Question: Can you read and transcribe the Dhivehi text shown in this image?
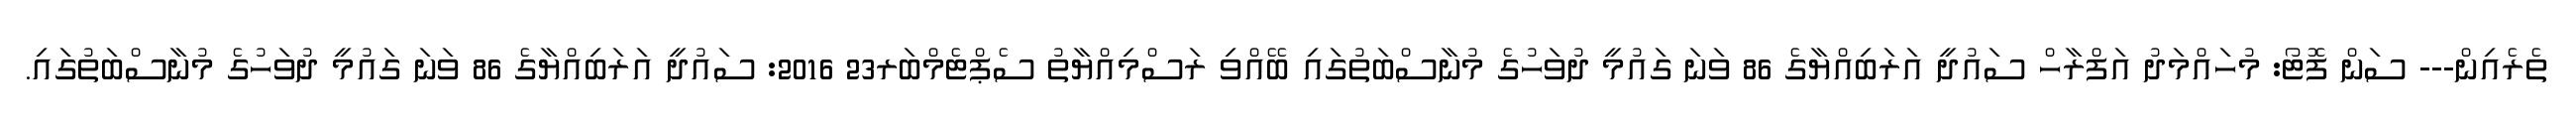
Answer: ތެރެއިން--- ސަން ފޮޓޯ: މުހައްމަދު އަފްރާހް ސައުދީ އަރަބިއްޔާގެ 86 ވަނަ ގައުމީ ދުވަހުގެ މުނާސްބަތުގައި ބޭއްވި ރަސްމިއްޔާތު ސެޕްޓެމްބަރ23 2016: ސައުދީ އަރަބިއްޔާގެ 86 ވަނަ ގައުމީ ދުވަހުގެ މުނާސްބަތުގައި.